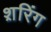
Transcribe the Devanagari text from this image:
श़रिंग